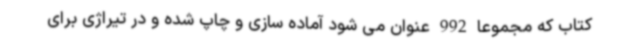
کتاب که مجموعا 992 عنوان می شود آماده سازی و چاپ شده و در تیراژی برای